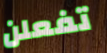
تفعلن